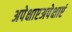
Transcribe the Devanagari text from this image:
अपेक्षाएअपेक्षाएं